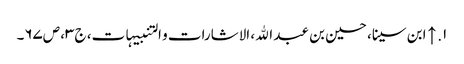
۱. ↑ ابن سینا، حسین بن عبد الله، الاشارات و التنبیہات، ج‌۳، ص‌۶۷‌۔